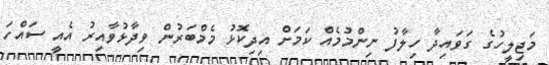
މަޖިލީހުގެ ގަވައިދާ ހިލާފު ނިންމުމެއް ކަމަށް އިދިކޮޅު މެމްބަރުން ވިދާޅުވާއިރު އެއީ ސައްހަ